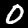
Label: 0